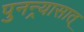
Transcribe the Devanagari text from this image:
पुनन्र्यासात्